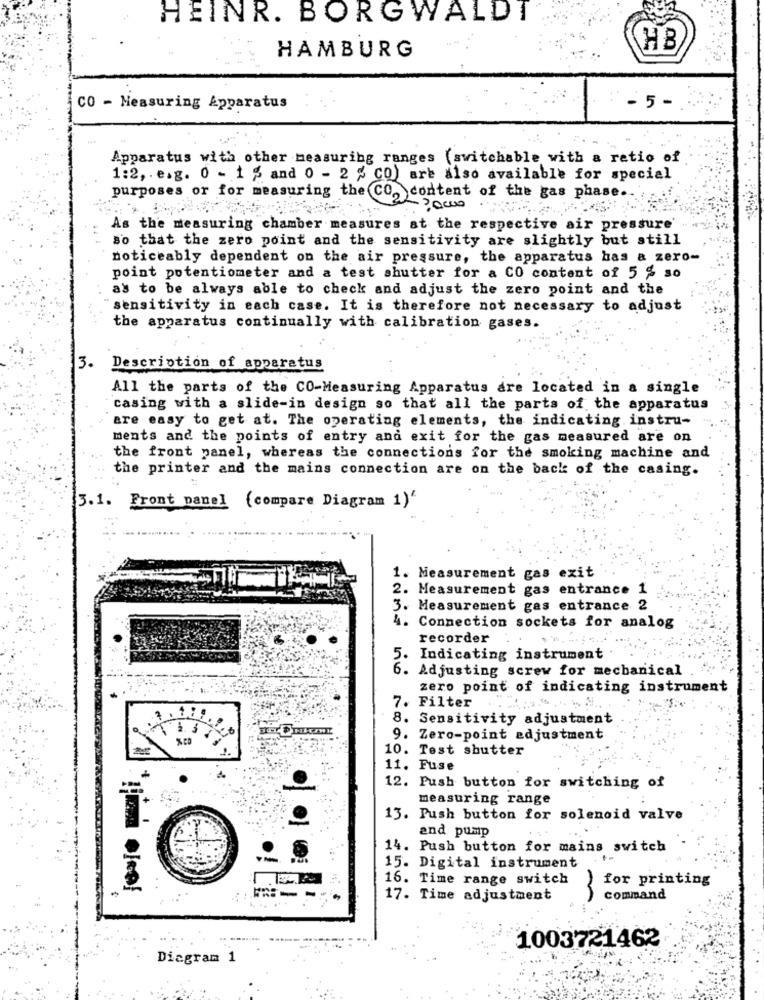
HEINR. BORGWALDI
HAMBURG
HB
CO - Measuring Apparatus
- 5 -
Apparatus with other measuring ranges ( switchable with a retic of
1:2, . e.g. 0 - 1 % and 0 - 2 % CO) are also available for special
purposes or for measuring the CO, content of the gas phase.
As the measuring chamber measures at the respective air pressure'
so that the zero point and the sensitivity are slightly but still
noticeably dependent on the air pressure, the apparatus has a zero-
point potentiometer and a test shutter for a CO content of 5 % so
as to be always able to check and adjust the zero point and the
sensitivity in each case. It is therefore not necessary to adjust
the apparatus continually with calibration gases.
3.
Description of apparatus
All the parts of the CO-Measuring Apparatus are located in a single
casing with a slide-in design so that all the parts of the apparatus
are easy to get at. The operating elements, the indicating instru-
ments and the points of entry and exit for the gas measured are on
the front panel, whereas the connections for the smoking machine and
the printer and the mains connection are on the back of the casing.
3.1. Front panel ( compare Diagram 1)'
1. Measurement gas exit
2. Measurement gas entrance 1
3. Measurement gas entrance 2
4. Connection sockets for analog
recorder
5. Indicating instrument
6. Adjusting screw for mechanical
zero point of indicating instrument
7. Filter
8. Sensitivity adjustment
9. Zero-point adjustment
10. Test shutter
11. Fuse
12. Push button for switching of
measuring range
13. Push button for solenoid valve
and pump
14. Push button for mains switch
15. Digital instrument
16. Time range switch
for printing
17. Time adjustment
command
1003721462
Diagram 1